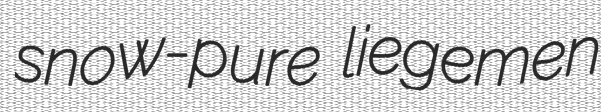
snow-pure liegemen